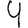
Digit: 9